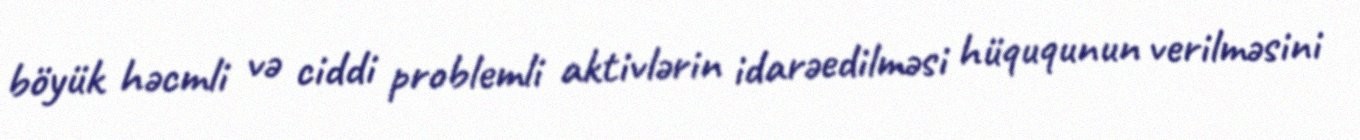
böyük həcmli və ciddi problemli aktivlərin idarəedilməsi hüququnun verilməsini